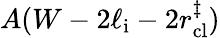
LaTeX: A(W-2\ell_{\mathrm{i}}-2r_{\mathrm{cl}}^{\ddagger})